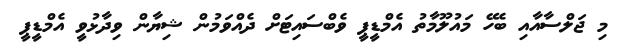
މި ޖަލްސާއާއި ބެހޭ މައުލޫމާތު އެމްޑީޕީ ވެބްސައިޓަށް ދެއްވަމުން ޝިޔާން ވިދާޅުވީ އެމްޑީޕީ